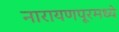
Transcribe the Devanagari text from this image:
नारायणपूरमध्ये